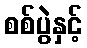
စစ်ပွဲနှင့်